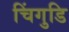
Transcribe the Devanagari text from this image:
चिंगुडि